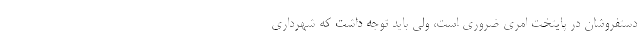
دستفروشان در پایتخت امری ضروری است، ولی باید توجه داشت که شهرداری